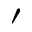
'